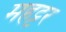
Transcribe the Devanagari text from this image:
महट्टर